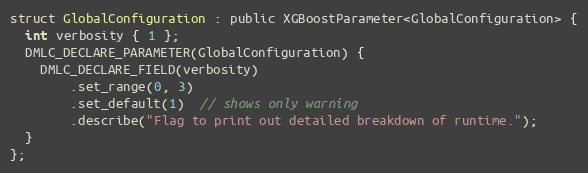
Language: C
struct GlobalConfiguration : public XGBoostParameter<GlobalConfiguration> {
  int verbosity { 1 };
  DMLC_DECLARE_PARAMETER(GlobalConfiguration) {
    DMLC_DECLARE_FIELD(verbosity)
        .set_range(0, 3)
        .set_default(1)  // shows only warning
        .describe("Flag to print out detailed breakdown of runtime.");
  }
};